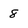
Character: 8